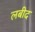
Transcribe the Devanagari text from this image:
लबीद